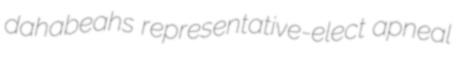
dahabeahs representative-elect apneal